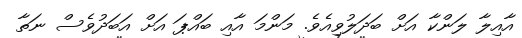
އާއިލާ ލަންކާ އަށް ބަދަލުވިއެވެ. މަންމަ އާއި ބައްޕަ އަށް އަބަދުވެސް ނަތާ